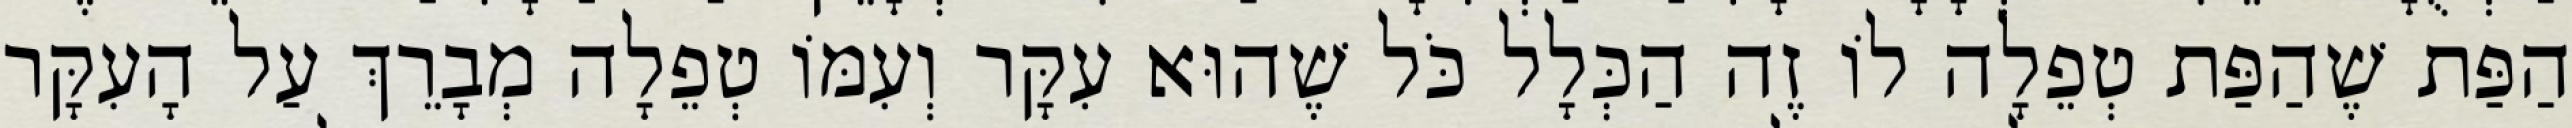
הַפַּת שֶׁהַפַּת טְפֵלָה לוֹ זֶה הַכְּלָל כֹּל שֶׁהוּא עִקָּר וְעִמּוֹ טְפֵלָה מְבָרֵךְ עַל הָעִקָּר